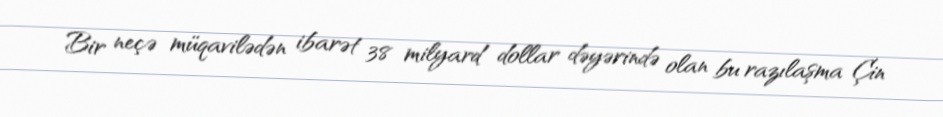
Bir neçə müqavilədən ibarət 38 milyard dollar dəyərində olan bu razılaşma Çin